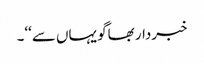
خبردار بھاگو یہاں سے‘‘۔